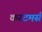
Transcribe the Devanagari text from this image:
कस्टमर्स